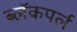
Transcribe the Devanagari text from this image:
ब्लॅकपर्ल